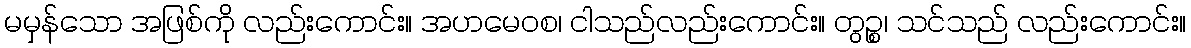
မမှန်သော အဖြစ်ကို လည်းကောင်း။ အဟမေဝစ၊ ငါသည်လည်းကောင်း။ တွဉ္စ၊ သင်သည် လည်းကောင်း။